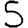
Digit: 5